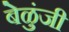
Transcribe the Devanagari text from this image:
बेळुंजी